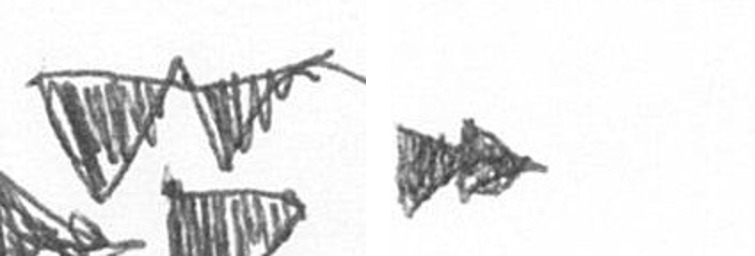
B A